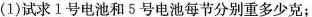
(1)试求1号电池和5号电池每节分别重多少克；